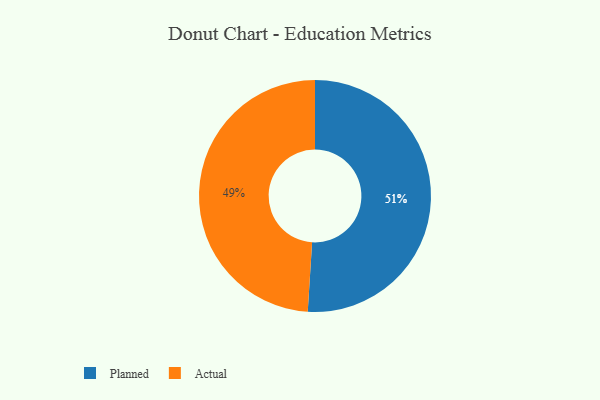
{"axis": {"x": "Category", "y": "Percentage"}, "legend": ["Actual", "Planned"], "data": [{"x": "Planned", "y": 51, "type": "Planned"}, {"x": "Actual", "y": 49, "type": "Actual"}]}